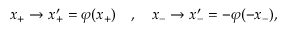
x _ { + } \to x _ { + } ^ { \prime } = \varphi ( x _ { + } ) \quad , \quad x _ { - } \to x _ { - } ^ { \prime } = - \varphi ( - x _ { - } ) ,